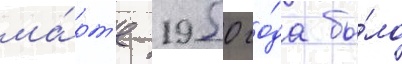
ма́рт'е 1950 го́да бы́ло